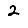
Digit: 2